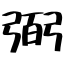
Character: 弼